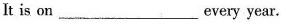
It is on ___every year.